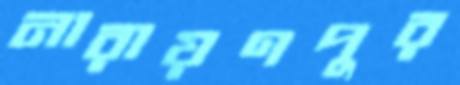
নারায়ণপুর